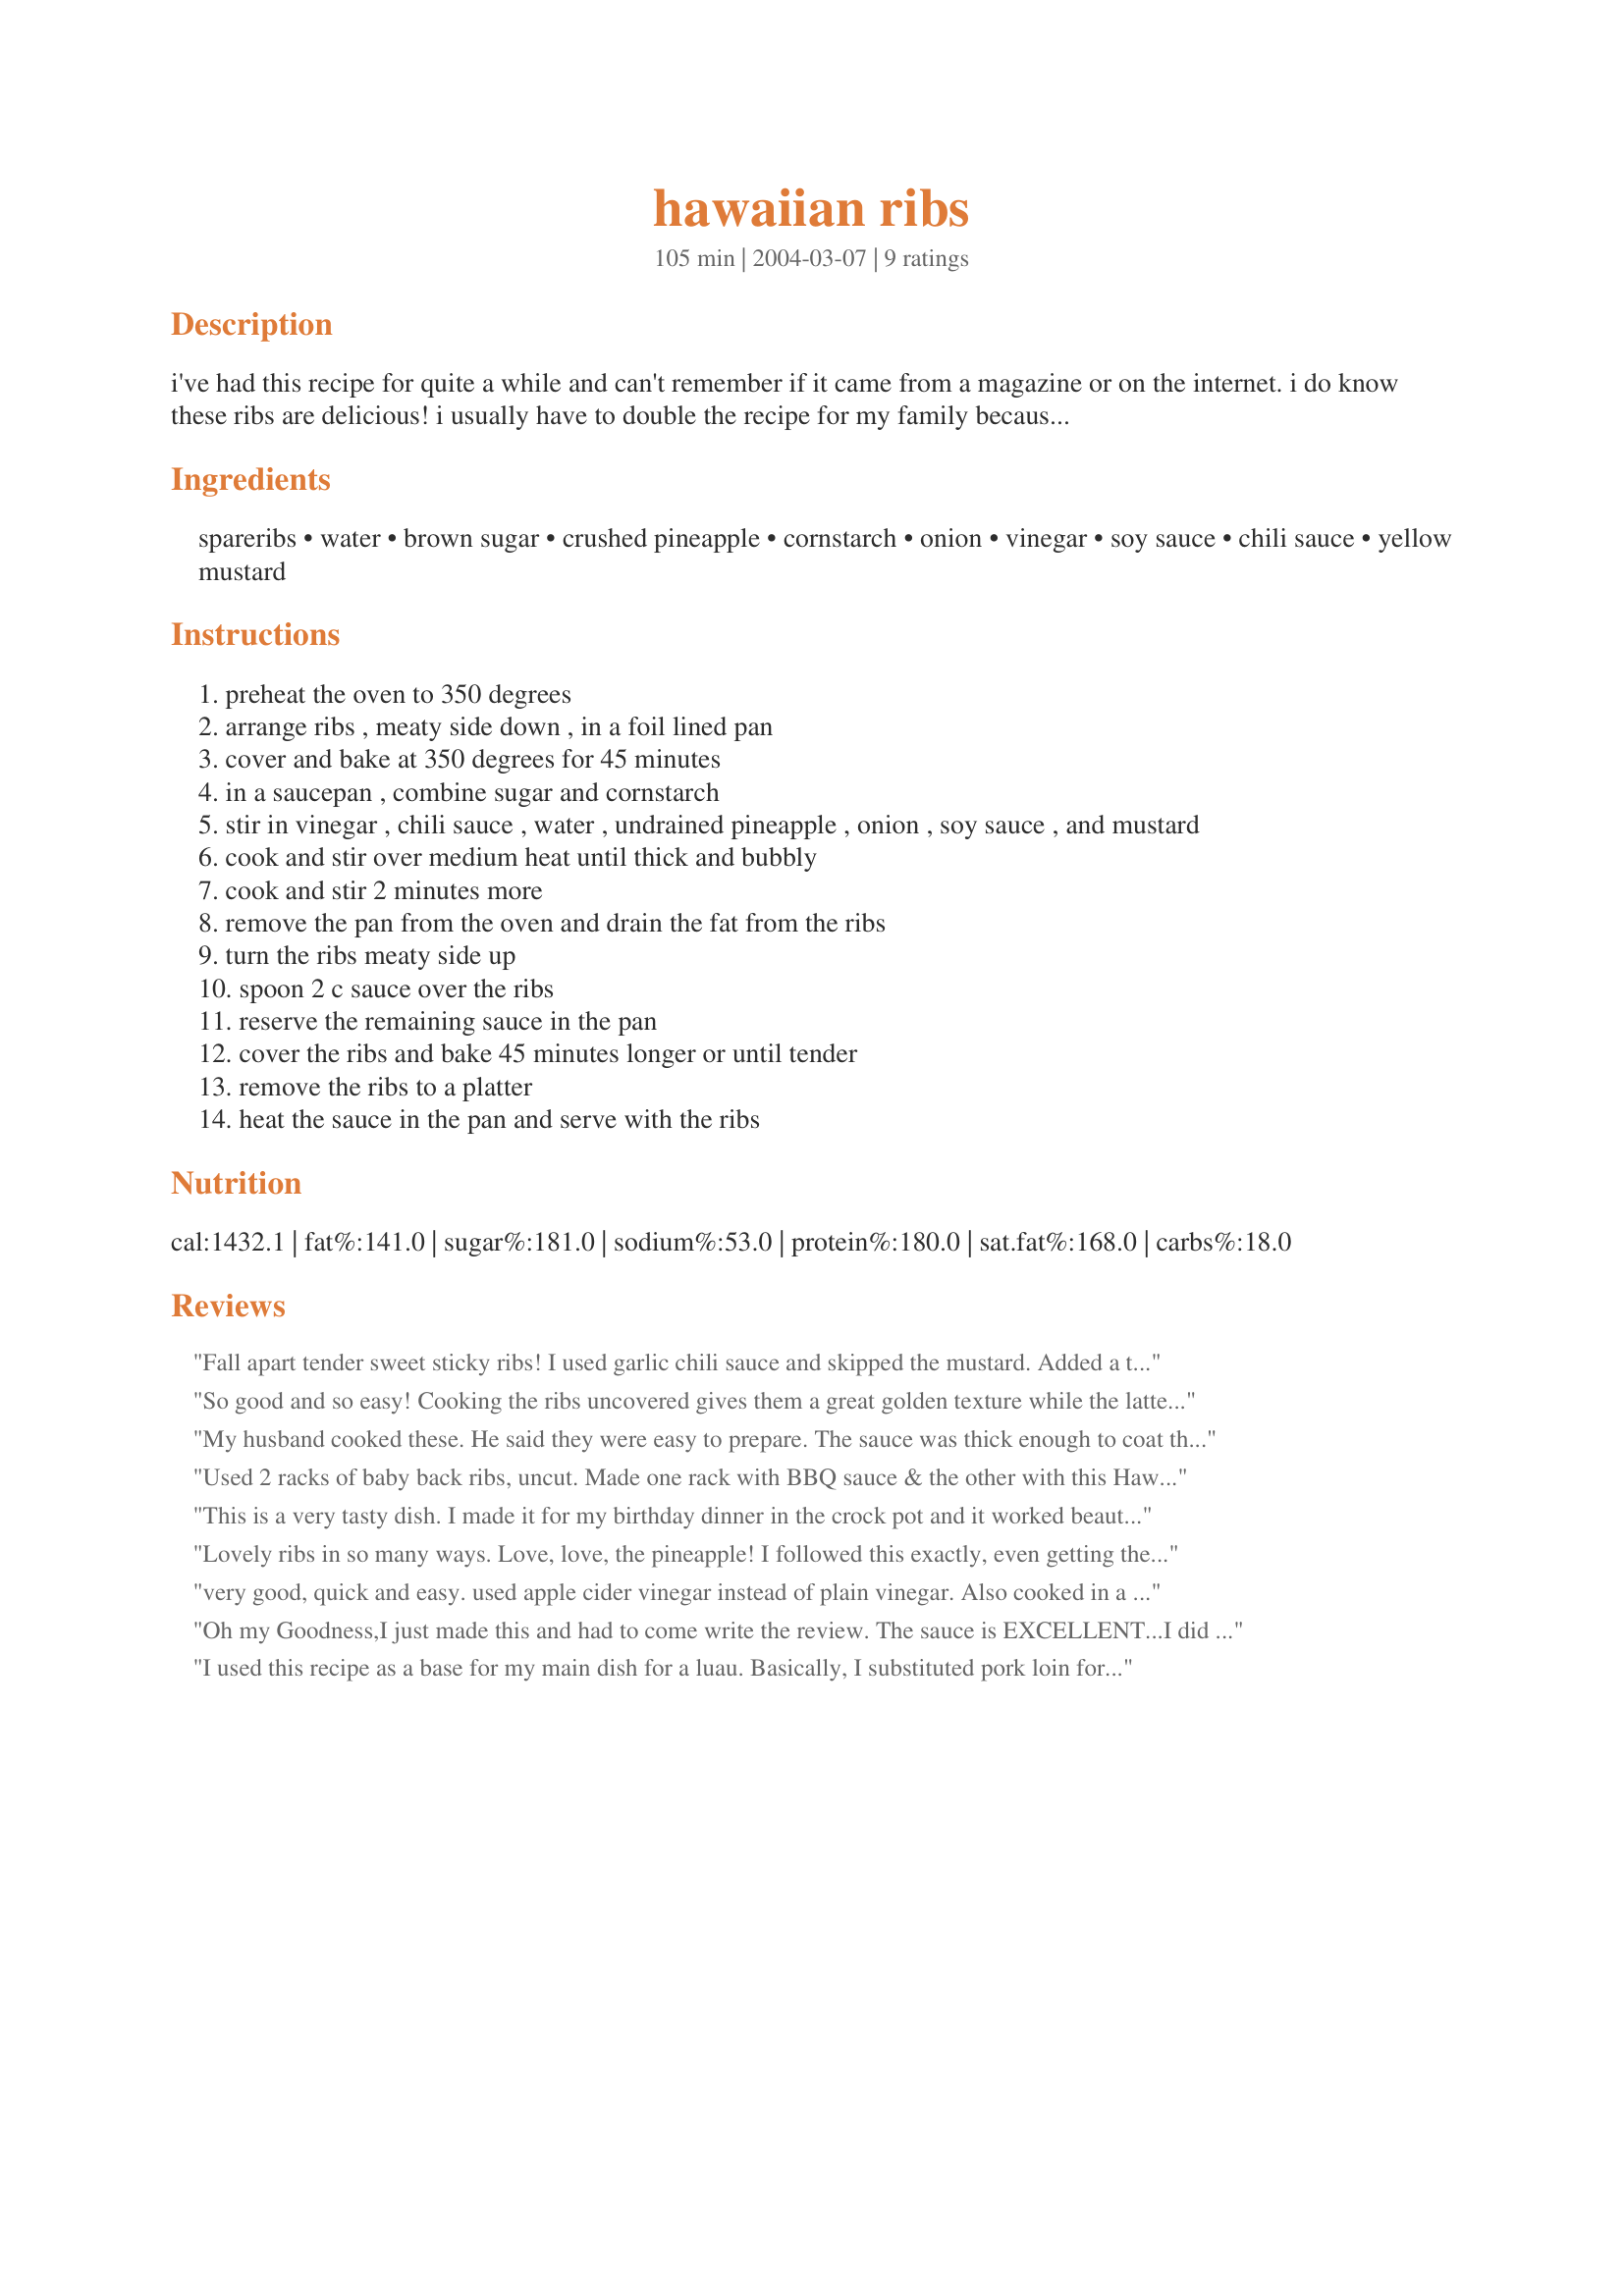
hawaiian ribs
Preparation time: 105 minutes

i've had this recipe for quite a while and can't remember if it came from a magazine or on the internet. i do know these ribs are delicious! i usually have to double the recipe for my family because my dh could eat his weight in these ribs. have plenty of napkins on hand...they're messy. enjoy!

Ingredients:
spareribs, water, brown sugar, crushed pineapple, cornstarch, onion, vinegar, soy sauce, chili sauce, yellow mustard

Steps:
preheat the oven to 350 degrees
arrange ribs , meaty side down , in a foil lined pan
cover and bake at 350 degrees for 45 minutes
in a saucepan , combine sugar and cornstarch
stir in vinegar , chili sauce , water , undrained pineapple , onion , soy sauce , and mustard
cook and stir over medium heat until thick and bubbly
cook and stir 2 minutes more
remove the pan from the oven and drain the fat from the ribs
turn the ribs meaty side up
spoon 2 c sauce over the ribs
reserve the remaining sauce in the pan
cover the ribs and bake 45 minutes longer or until tender
remove the ribs to a platter
heat the sauce in the pan and serve with the ribs

Reviews:
Fall apart tender sweet sticky ribs! I used garlic chili sauce and skipped the mustard. Added a teaspoon of fresh grated ginger. Lots of leftover sauce. Thanks. Made for ZWT 2011
So good and so easy! Cooking the ribs uncovered gives them a great golden texture while the latter part of the cooking covered really infuses the flavour of the sauce and has a bit of a steaming effect to make them wonderfully tender. I really loved the sauce and it was so thick and delicious when poured over the top for serving!
My husband cooked these. He said they were easy to prepare. The sauce was thick enough to coat the ribs, and very sweet. Next time I might bump up the chili sauce.
Used 2 racks of baby back ribs, uncut. Made one rack with BBQ sauce & the other with this Hawaiian recipe. Did not use Heinz chili sauce, made my own using Lee Kum Kee's chili garlic sauce which is quite spicy(about 1 heaping TBSP) mixed with ketchup. Also only used 2 tablespoons cornstarch instead of 3 which worked just fine. Let me just say everyone was looking for seconds but unfortunately there was none. This is a keeper for me!!
This is a very tasty dish. I made it for my birthday dinner in the crock pot and it worked beautiful. My ds requested I make it again soon. Thanks for the recipe and tasty birthday dinner. Paddles
Lovely ribs in so many ways. Love, love, the pineapple! I followed this exactly, even getting the correct sauce...we ate these so fast, it looked as though nothing was ever on the plate. The aroma is enough to send you into the next county. Thanks, dream! xoxoxo Made for ZWT7
very good, quick and easy. used apple cider vinegar instead of plain vinegar. Also cooked in a crock pot all day with all the sauce...ribs super tender and falling off the bone. Thanks!
Oh my Goodness,I just made this and had to come write the review. The sauce is EXCELLENT...I did make some modifications due to the fact I didn't' have any soy or chili sauce but it turned out just fine. I substitute Catsup for chili sauce and teriyaki sauce for soy and I added about 8 shakes of hot sauce, my son likes a little "KICK" as he would say to his food. It didn't hurt the outcome of the recipe at all , If it tastes this good with the substitutes its probably amazing with the correct ingredient's. I will probably make extra and Cann it to keep some on hand. If you have a sweet tooth this recipe is for you. If you find it to sweet just reduce the sugar and /or use Lite pineapple..... Defenetely a keeper.
I used this recipe as a base for my main dish for a luau. Basically, I substituted pork loin for the ribs and cooked it all day in a crock pot instead of the oven. I made the sauce exactly as listed, but used half of it in the crock pot to cook with and saved the other half to pour over at serve time. This dish was a huge hit - I doubled the recipe and made 12 pounds of pork loin and it was ALL GONE. Very, very good flavor.
